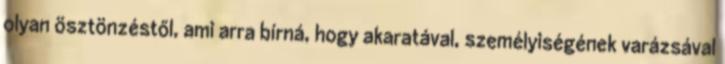
olyan ösztönzéstől, ami arra bírná, hogy akaratával, személyiségének varázsával